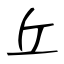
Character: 丘